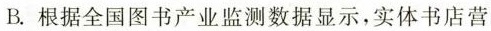
B. 根据全国图书产业监测数据显示，实体书店营